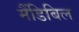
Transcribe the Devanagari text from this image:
मैंडिबिल